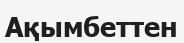
Ақымбеттен